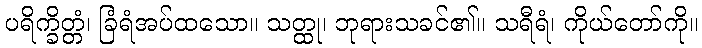
ပရိက္ခိတ္တံ၊ ခြံရံအပ်ထသော။ သတ္ထု၊ ဘုရားသခင်၏။ သရီရံ၊ ကိုယ်တော်ကို။